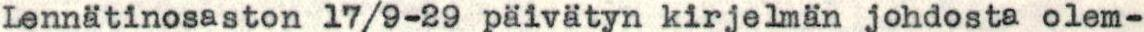
Lennätinosaston 17/9-29 päivätyn kirjelmän johdosta olem-